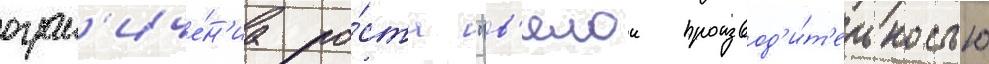
огран'иче́н'иа ро́ста "в'ялои производ'и́т'ельностью